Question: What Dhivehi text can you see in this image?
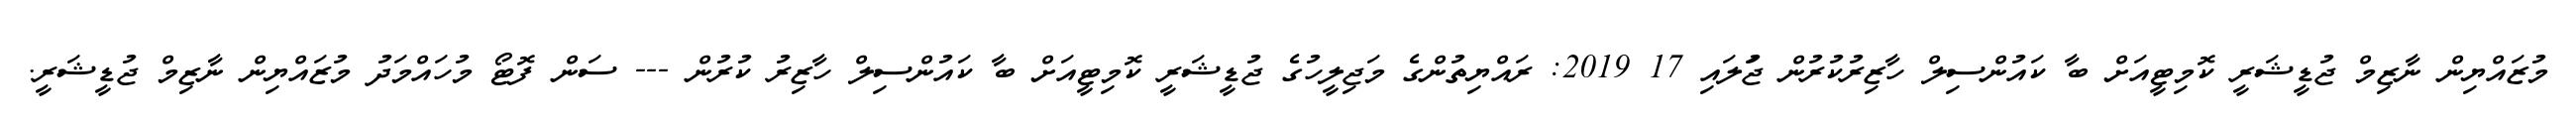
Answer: މުޒައްޔިން ނާޒިމް ޖުޑީޝަރީ ކޮމިޓީއަށް ބާ ކައުންސިލް ހާޒިރުކުރުން ޖުަލައި 17 2019: ރައްޔިތުންގެ މަޖިލީހުގެ ޖުޑީޝަރީ ކޮމިޓީއަށް ބާ ކައުންސިލް ހާޒިރު ކުރުން --- ސަން ފޮޓޯ މުހައްމަދު މުޒައްޔިން ނާޒިމް ޖުޑީޝަރީ.